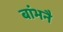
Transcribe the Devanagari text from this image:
बांभनै